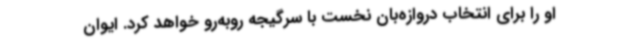
او را برای انتخاب دروازه‌بان نخست با سرگیجه روبه‌رو خواهد کرد. ایوان